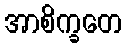
အာစိက္ခတေ